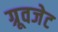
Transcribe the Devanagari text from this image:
ग्रूवजेट